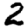
Digit: 2